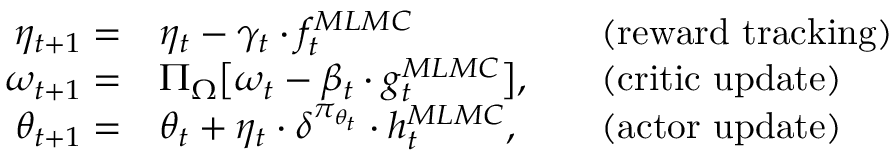
\begin{array} { r l r l } { \eta _ { t + 1 } = } & { \eta _ { t } - \gamma _ { t } \cdot f _ { t } ^ { M L M C } } & & { \mathrm { ( r e w a r d ~ t r a c k i n g ) } } \\ { \omega _ { t + 1 } = } & { \Pi _ { \Omega } \big [ \omega _ { t } - \beta _ { t } \cdot g _ { t } ^ { M L M C } \big ] , } & & { \mathrm { ( c r i t i c ~ u p d a t e ) } } \\ { \theta _ { t + 1 } = } & { \theta _ { t } + \eta _ { t } \cdot \delta ^ { \pi _ { \theta _ { t } } } \cdot h _ { t } ^ { M L M C } , } & & { \mathrm { ( a c t o r ~ u p d a t e ) } } \end{array}